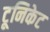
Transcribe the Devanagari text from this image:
टूनिकेट